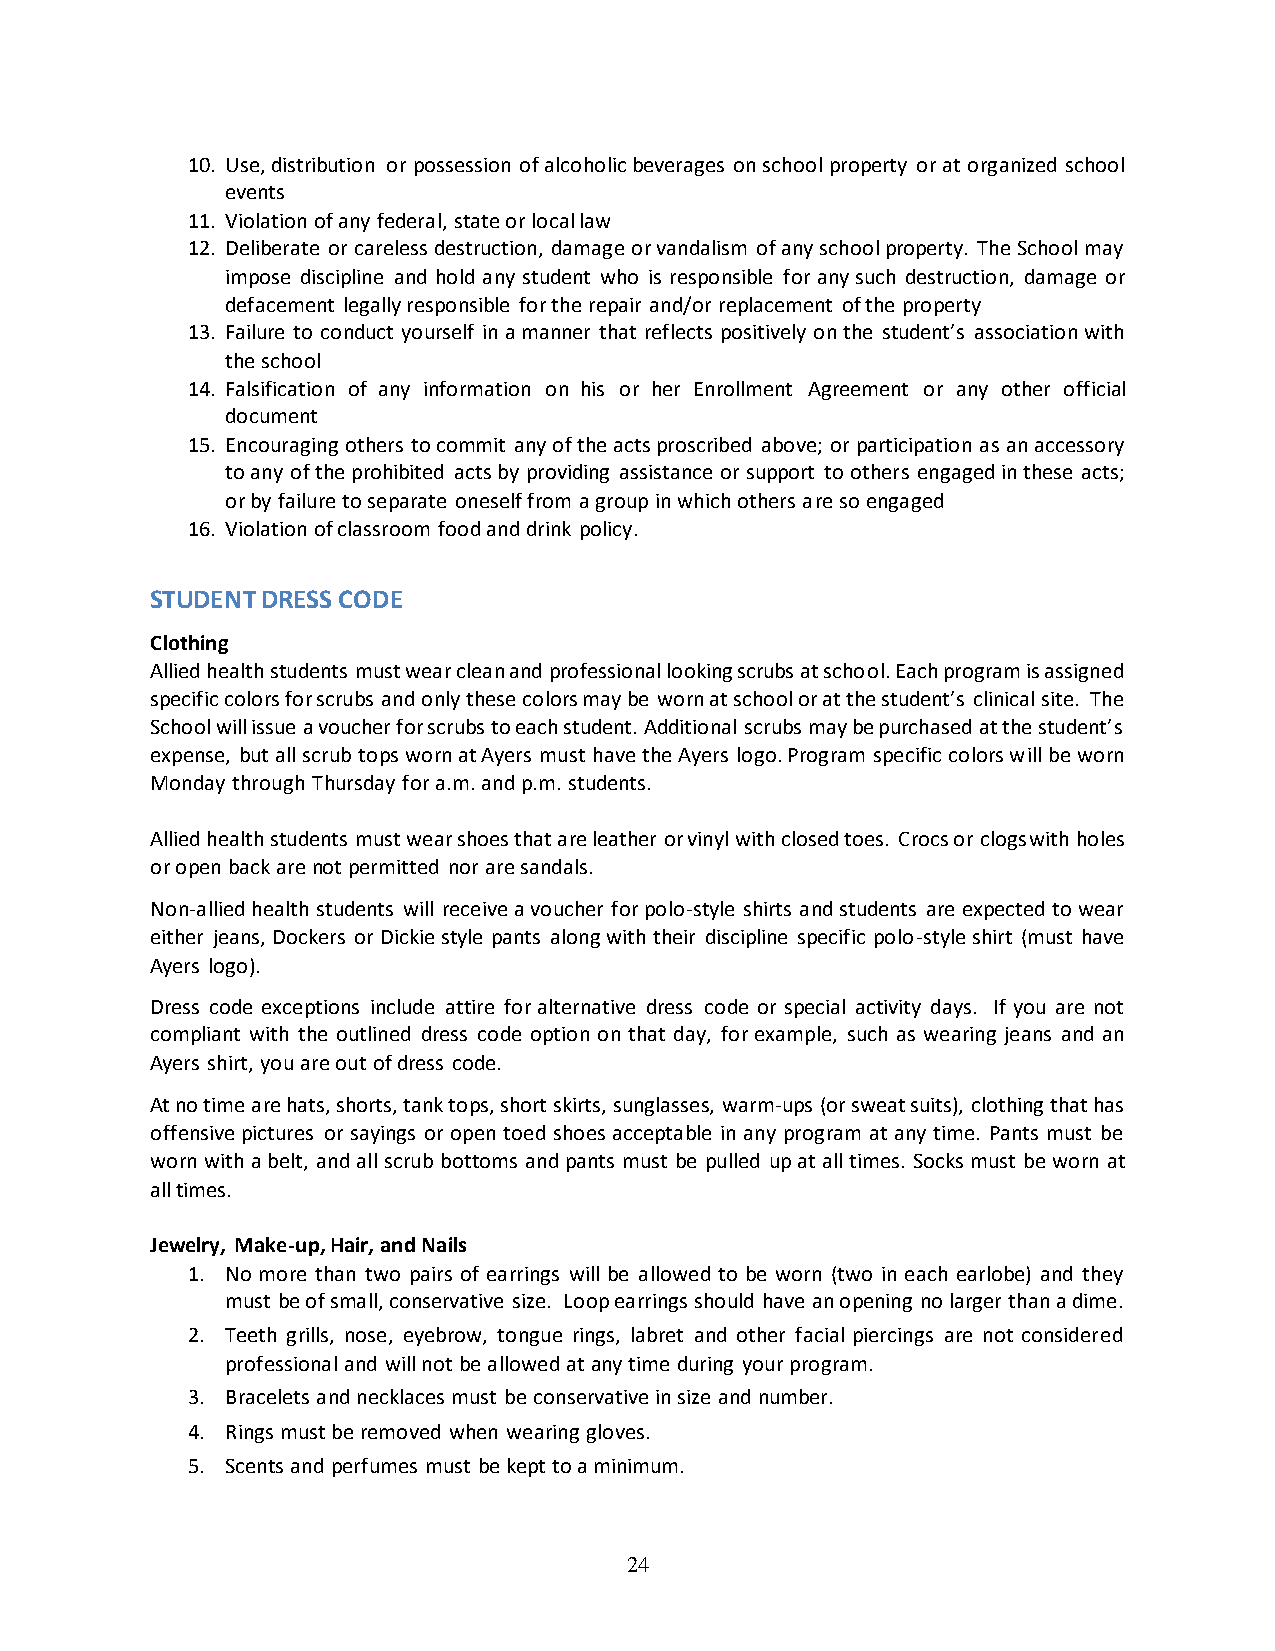
10. Use, distribution or possession of alcoholic beverages on school property or at organized school
 events
 11. Violation of any federal, state or local law
 12. Deliberate or careless destruction, damage or vandalism of any school property. The School may
 impose discipline and hold any student who is responsible for any such destruction, damage or
 defacement legally responsible for the repair and/or replacement of the property
 13. Failure to conduct yourself in a manner that reflects positively on the student’s association with
 the school
 14. Falsification of any information on his or her Enrollment Agreement or any other official
 document
 15. Encouraging others to commit any of the acts proscribed above; or participation as an accessory
 to any of the prohibited acts by providing assistance or support to others engaged in these acts;
 or by failure to separate oneself from a group in which others are so engaged
 16. Violation of classroom food and drink policy.
 STUDENT DRESS CODE
 Clothing
 Allied health students must wear clean and professional looking scrubs at school. Each program is assigned
 specific colors for scrubs and only these colors may be worn at school or at the student’s clinical site. The
 School will issue a voucher for scrubs to each student. Additional scrubs may be purchased at the student’s
 expense, but all scrub tops worn at Ayers must have the Ayers logo. Program specific colors will be worn
 Monday through Thursday for a.m. and p.m. students.
 Allied health students must wear shoes that are leather or vinyl with closed toes. Crocs or clogs with holes
 or open back are not permitted nor are sandals.
 Non-allied health students will receive a voucher for polo-style shirts and students are expected to wear
 either jeans, Dockers or Dickie style pants along with their discipline specific polo-style shirt (must have
 Ayers logo).
 Dress code exceptions include attire for alternative dress code or special activity days. If you are not
 compliant with the outlined dress code option on that day, for example, such as wearing jeans and an
 Ayers shirt, you are out of dress code.
 At no time are hats, shorts, tank tops, short skirts, sunglasses, warm-ups (or sweat suits), clothing that has
 offensive pictures or sayings or open toed shoes acceptable in any program at any time. Pants must be
 worn with a belt, and all scrub bottoms and pants must be pulled up at all times. Socks must be worn at
 all times.
 Jewelry, Make-up, Hair, and Nails
 1. No more than two pairs of earrings will be allowed to be worn (two in each earlobe) and they
 must be of small, conservative size. Loop earrings should have an opening no larger than a dime.
 2. Teeth grills, nose, eyebrow, tongue rings, labret and other facial piercings are not considered
 professional and will not be allowed at any time during your program.
 3. Bracelets and necklaces must be conservative in size and number.
 4. Rings must be removed when wearing gloves.
 5. Scents and perfumes must be kept to a minimum.
 24